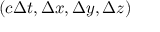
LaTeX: ( c \Delta t , \Delta x , \Delta y , \Delta z )